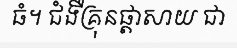
ធំ។ ជំងឺគ្រុនផ្តាសាយ ជា